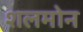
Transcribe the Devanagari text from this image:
शलमोन